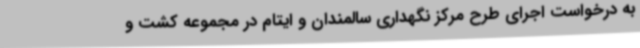
به درخواست اجرای طرح مرکز نگهداری سالمندان و ایتام در مجموعه کشت و